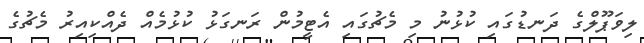
ލިވަޕޫލްގެ ދަނޑުގައި ކުޅުނު މި މެޗުގައި އެޓީމުން ރަނގަޅު ކުޅުމެއް ދެއްކިއިރު މެޗުގެ